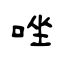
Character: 唑